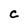
Character: C